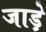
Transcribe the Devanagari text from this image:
जाड़े़